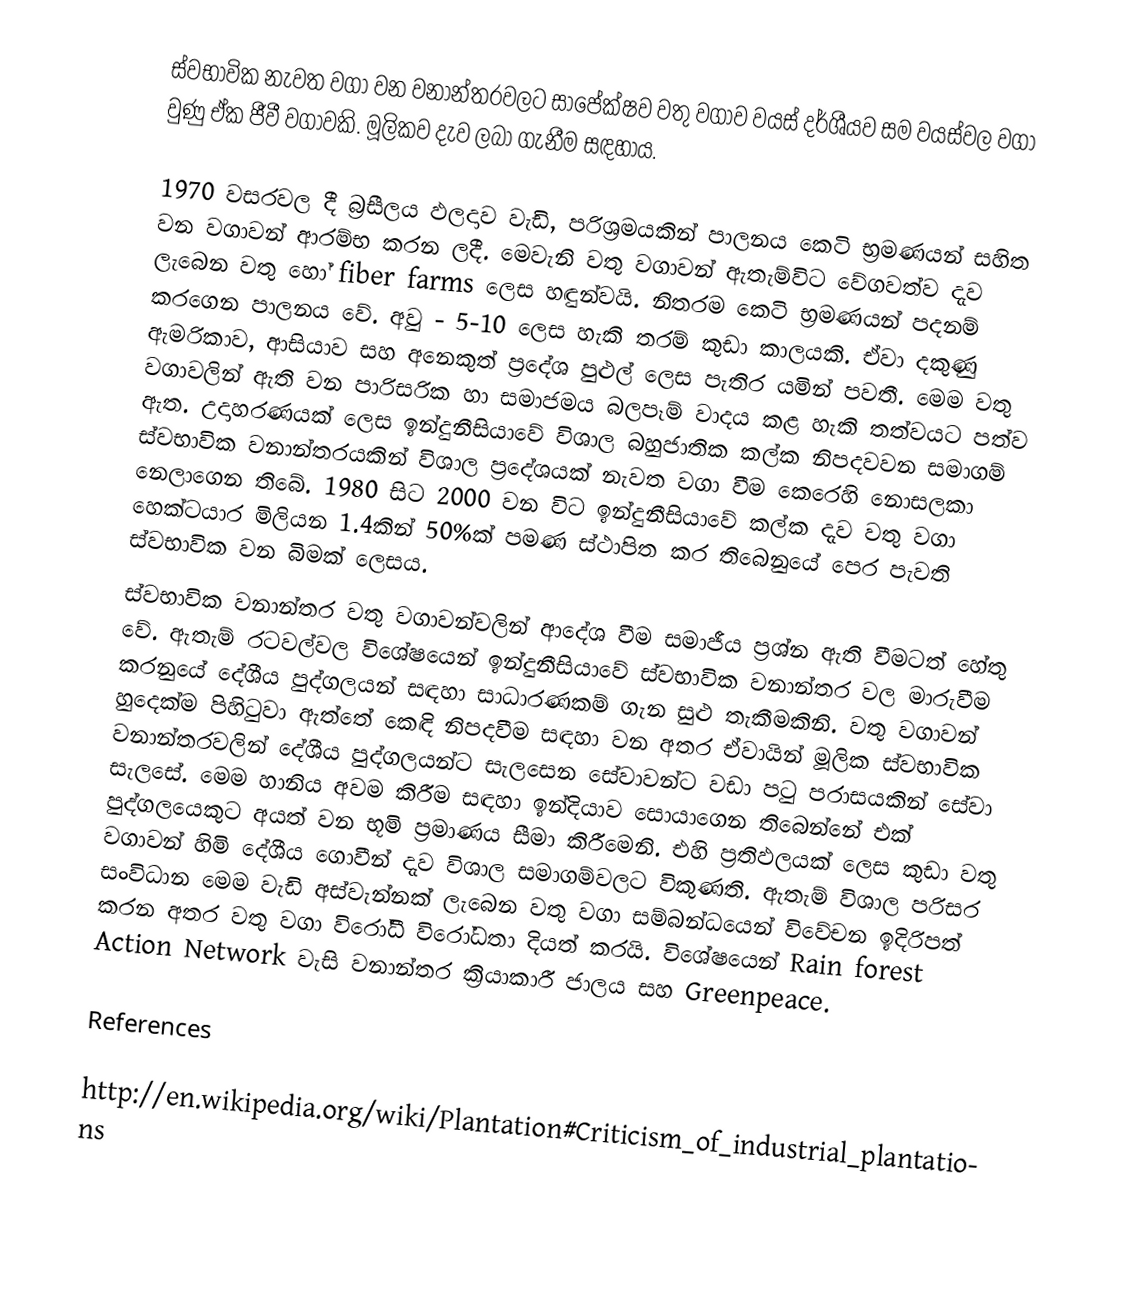
ස්වභාවික නැවත වගා වන වනාන්තරවලට සාපේක්ෂව වතු වගාව වයස් දර්ශීයව සම වයස්වල වගා වුණු ඒක ජීවී වගාවකි. මූලිකව දැව ලබා ගැනීම සඳහාය.

1970 වසරවල දී බ්‍රසීලය ඵලදාව වැඩි, පරිශ්‍රමයකින් පාලනය කෙටි භ්‍රමණයන් සහිත වන වගාවන් ආරම්භ කරන ලදී. මෙවැනි වතු වගාවන් ඇතැම්විට වේගවත්ව දැව ලැබෙන වතු හෝ fiber farms ලෙස හඳුන්වයි. නිතරම කෙටි භ්‍රමණයන් පදනම් කරගෙන පාලනය වේ. අවු - 5-10 ලෙස හැකි තරම් කුඩා කාලයකි. ඒවා දකුණු ඇමරිකාව, ආසියාව සහ අනෙකුත් ප්‍රදේශ පුළුල් ලෙස පැතිර යමින් පවතී. මෙම වතු වගාවලින් ඇති වන පාරිසරික හා සමාජමය බලපෑම් වාදය කළ හැකි තත්වයට පත්ව ඇත. උදාහරණයක් ලෙස ඉන්දුනීසියාවේ විශාල බහුජාතික කල්ක නිපදවවන සමාගම් ස්වභාවික වනාන්තරයකින් විශාල ප්‍රදේශයක් නැවත වගා වීම කෙරෙහි නොසලකා නෙලාගෙන තිබේ. 1980 සිට 2000 වන විට ඉන්දුනීසියාවේ කල්ක දැව වතු වගා හෙක්ටයාර මිලියන 1.4කින් 50%ක් පමණ ස්ථාපිත කර තිබෙනුයේ පෙර පැවති ස්වභාවික වන බිමක් ලෙසය.
ස්වභාවික වනාන්තර වතු වගාවන්වලින් ආදේශ වීම සමාජීය ප්‍රශ්න ඇති වීමටත් හේතු වේ. ඇතැම් රටවල්වල විශේෂයෙන් ඉන්දුනීසියාවේ ස්වභාවික වනාන්තර වල මාරුවීම කරනුයේ දේශීය පුද්ගලයන් සඳහා සාධාරණකම් ගැන සුළු තැකීමකිනි. වතු වගාවන් හුදෙක්ම පිහිටුවා ඇත්තේ කෙඳි නිපදවීම සඳහා වන අතර ඒවායින් මූලික ස්වභාවික වනාන්තරවලින් දේශීය පුද්ගලයන්ට සැලසෙන සේවාවන්ට වඩා පටු පරාසයකින් සේවා සැලසේ. මෙම හානිය අවම කිරීම සඳහා ඉන්දියාව සොයාගෙන තිබෙන්නේ එක් පුද්ගලයෙකුට අයත් වන භූමි ප්‍රමාණය සීමා කිරීමෙනි. එහි ප්‍රතිඵලයක් ලෙස කුඩා වතු වගාවන් හිමි දේශීය ගොවීන් දැව විශාල සමාගම්වලට විකුණති. ඇතැම් විශාල පරිසර සංවිධාන මෙම වැඩි අස්වැන්නක් ලැබෙන වතු වගා සම්බන්ධයෙන් විවේචන ඉදිරිපත් කරන අතර වතු වගා විරෝධී විරෝධතා දියත් කරයි. විශේෂයෙන් Rain forest Action Network වැසි වනාන්තර ක්‍රියාකාරී ජාලය සහ Greenpeace.

References

http://en.wikipedia.org/wiki/Plantation#Criticism_of_industrial_plantations